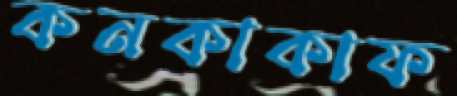
কনকাকাফ